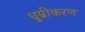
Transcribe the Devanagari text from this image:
धूम्रीकरण